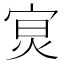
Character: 𡨶